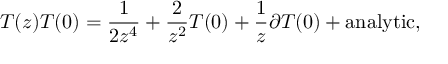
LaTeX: T ( z ) T ( 0 ) = \frac { 1 } { 2 z ^ { 4 } } + \frac { 2 } { z ^ { 2 } } T ( 0 ) + \frac { 1 } { z } \partial T ( 0 ) + \mathrm { a n a l y t i c } ,